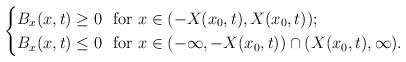
LaTeX: \begin{align*}\begin{cases}B_x(x,t)\geq 0 \ \ \mbox{for} \ x\in(-X(x_0, t),X(x_0, t)); \\B_x(x,t)\leq 0 \ \ \mbox{for} \ x\in(-\infty, -X(x_0, t))\cap(X(x_0, t), \infty).\end{cases}\end{align*}